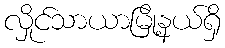
လှိုင်သာယာမြို့နယ်ရှိ